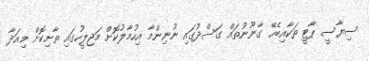
ސިޔާސީ ޕާޓީ ތަކާއިބެހޭ ގާނޫނުތައް ގަސްދުގައި ނުނިންމާ އިހުމާލުކޮށް މަޖިލީހުގައި ތާށިކޮށް މިއަދާ